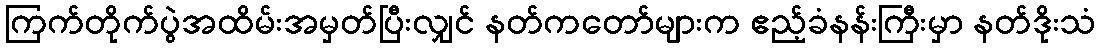
ကြက်တိုက်ပွဲအထိမ်းအမှတ်ပြီးလျှင် နတ်ကတော်များက ဧည့်ခံနန်းကြီးမှာ နတ်ဒိုးသံ